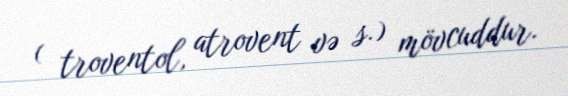
( troventol, atrovent və s.) mövcuddur.